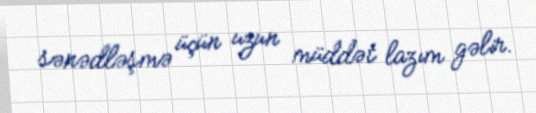
sənədləşmə üçün uzun müddət lazım gəlir.